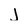
Character: j